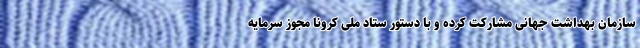
سازمان بهداشت جهانی مشارکت کرده و با دستور ستاد ملی کرونا مجوز سرمایه